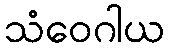
သံဝေဂါယ